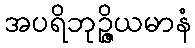
အပရိဘုဉ္ဇိယမာနံ